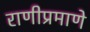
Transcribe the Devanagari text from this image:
राणीप्रमाणे